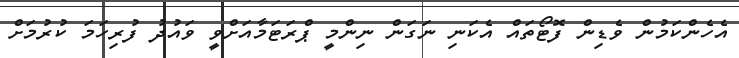
އެހެންކަމުން ވެޑިން ފޮޓޯތައް އެކަނި ނަގަން ނިންމީ ޕްރަޓަމާއަށްވީ ވައުދު ފުރިހަމަ ކުރުމަށް